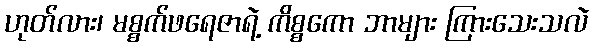
ဟုတ်လား၊ မစ္စက်ဖရေဇာရဲ့ ကိစ္စကော ဘာများ ကြားသေးသလဲ